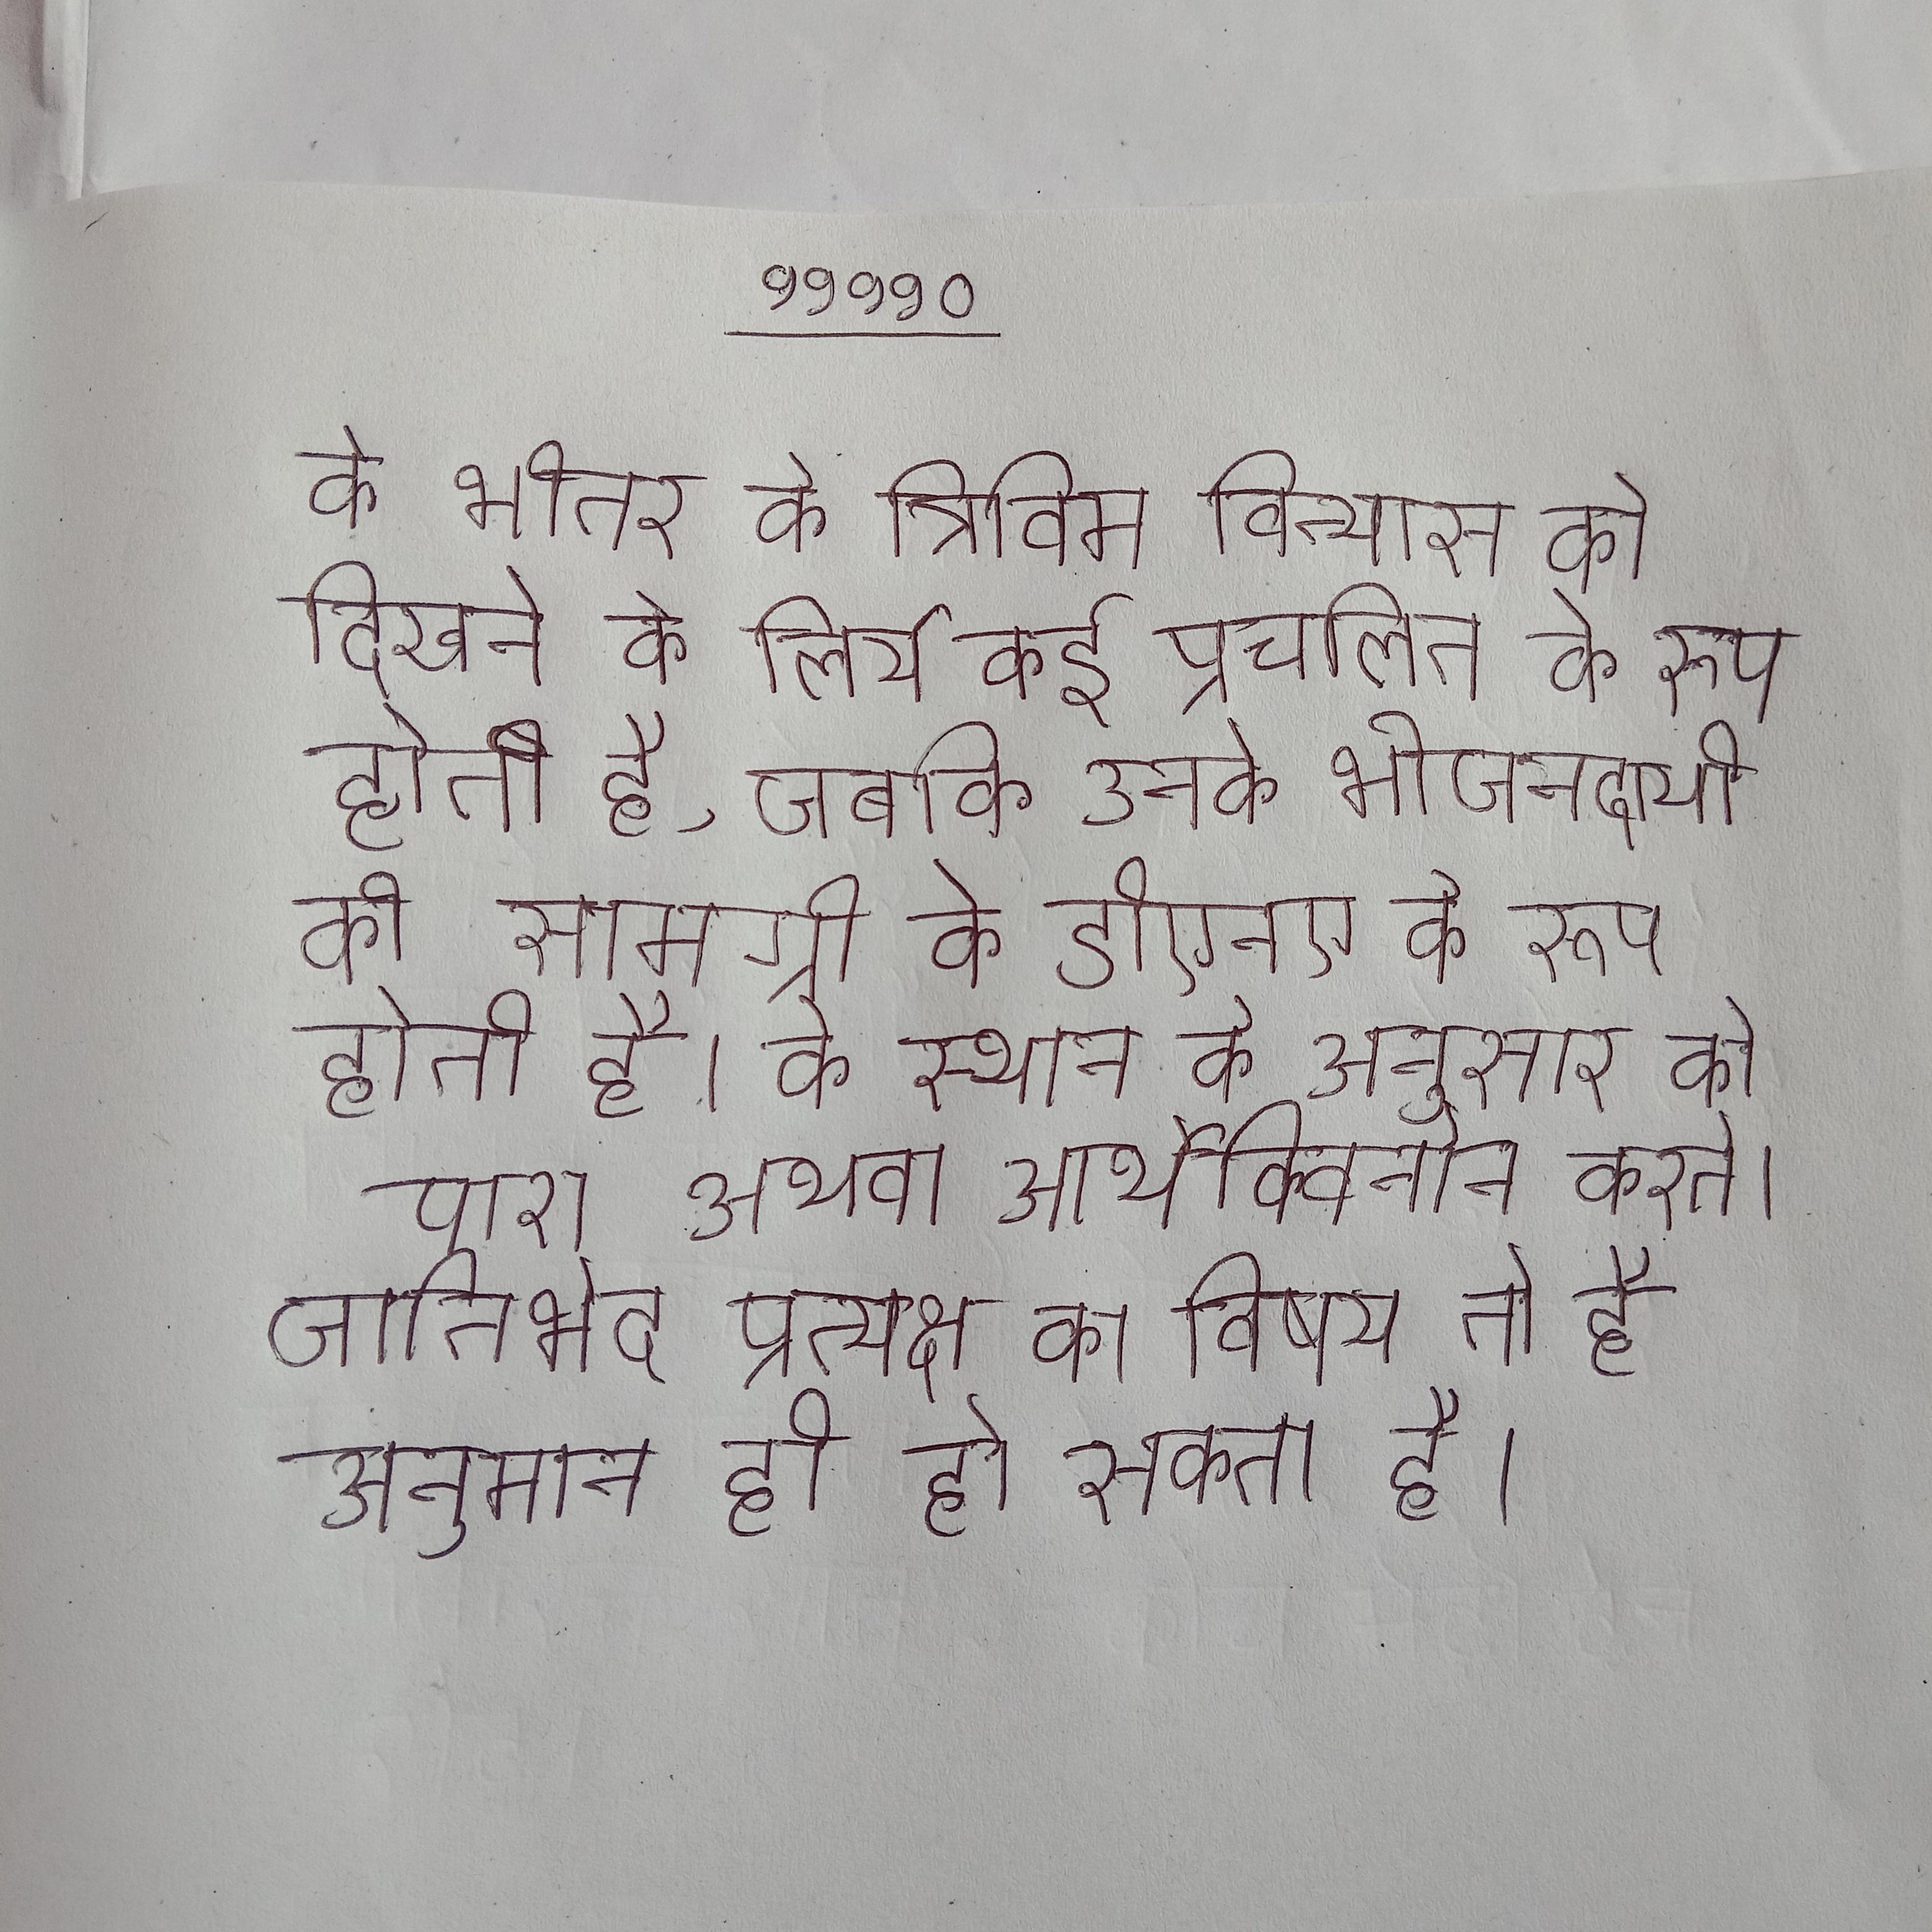
के भीतर के त्रिविम विन्यास को दिखने के लिये कई प्रचलित के रूप होती है, जबकि उनके भोजनदायी की सामग्री के डीएनए के रूप होती है । के स्थान के अनुसार को पारा अथवा आर्थेक्विनोन करते । जातिभेद प्रत्यक्ष का विषय तो है अनुमान ही हो सकता है ।